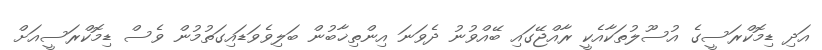
އަދި ޑިމޮކްރަސީގެ އުސޫލުތަކާއެކީ ރާއްޖޭގައި ބޭއްވުނު ދެވަނަ އިންތިޚާބުން ބަލިވެވަޑައިގަތުމުން ވެސް ޑިމޮކްރަސީއަށް